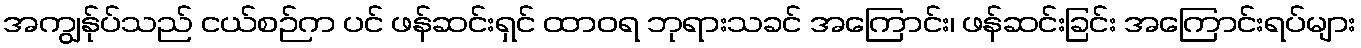
အကျွန်ုပ်သည် ငယ်စဉ်က ပင် ဖန်ဆင်းရှင် ထာဝရ ဘုရားသခင် အကြောင်း၊ ဖန်ဆင်းခြင်း အကြောင်းရပ်များ